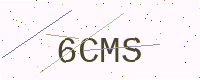
Text: 6CMS